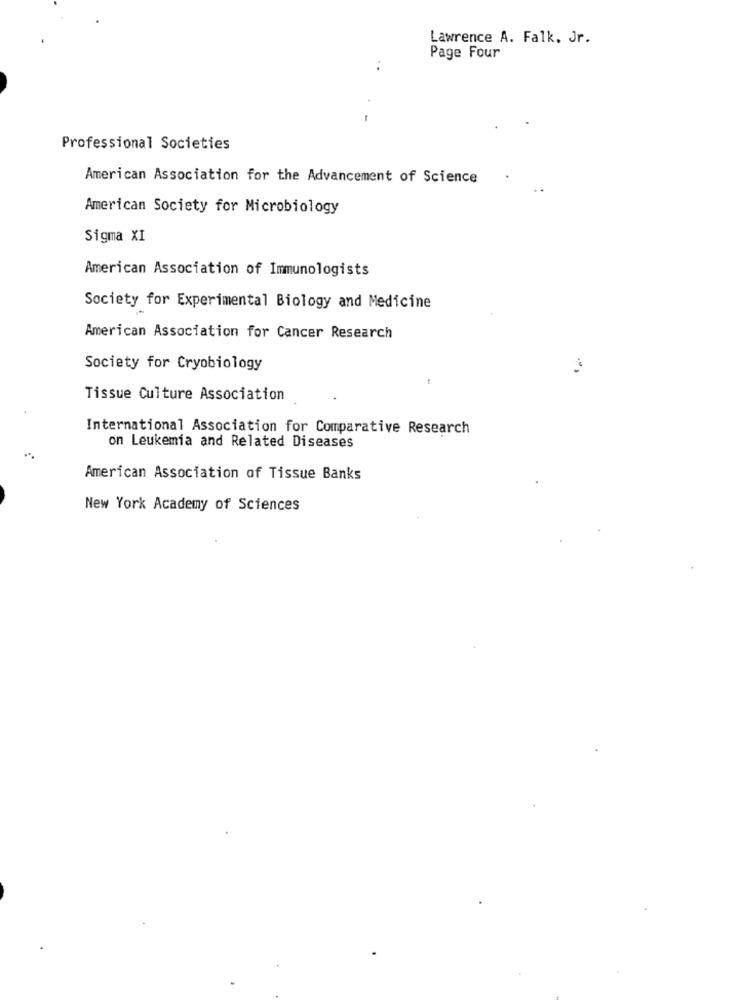
Lawrence A. Falk, Jr.
Page Four
Professional Societies
American Association for the Advancement of Science
American Society for Microbiology
Sigma XI
American Association of Immunologists
Society for Experimental Biology and Medicine
American Association for Cancer Research
Society for Cryobiology
Tissue Culture Association
International Association for Comparative Research
on Leukemia and Related Diseases
American Association of Tissue Banks
New York Academy of Sciences